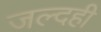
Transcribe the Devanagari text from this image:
जल्‍दही